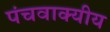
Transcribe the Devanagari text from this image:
पंचवाक्यीय